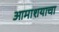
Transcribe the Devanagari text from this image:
आमाशयाचा